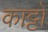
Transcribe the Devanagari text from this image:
काट्टो